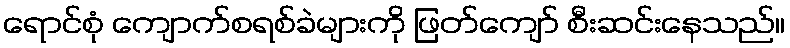
ရောင်စုံ ကျောက်စရစ်ခဲများကို ဖြတ်ကျော် စီးဆင်းနေသည်။